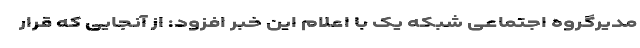
مدیرگروه اجتماعی شبکه یک با اعلام این خبر افزود: از آنجایی که قرار